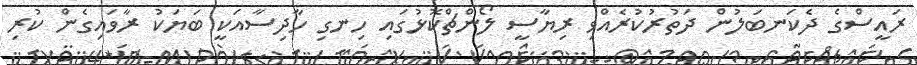
ރައީސްގެ ދެކަނބަލުން ދަތުރުކުރެއްވި ރިޔާސީ ލޯންޗްކޮޅުގައި ހިނގި ހާދިސާއަކީ ބަޔަކު ރާވައިގެން ކުރި